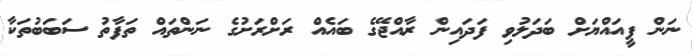
ނަން ފީއައްޔަށް ބަދަލުވި ފަދައިން ރާއްޖޭގެ ބައެއް ރަށްރަށުގެ ނަންތައް ތަފާތު ސަބަބުތަކާ